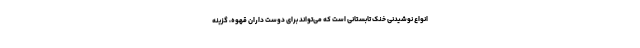
انواع نوشیدنی خنک تابستانی است که می‌تواند برای دوست داران قهوه، گزینه